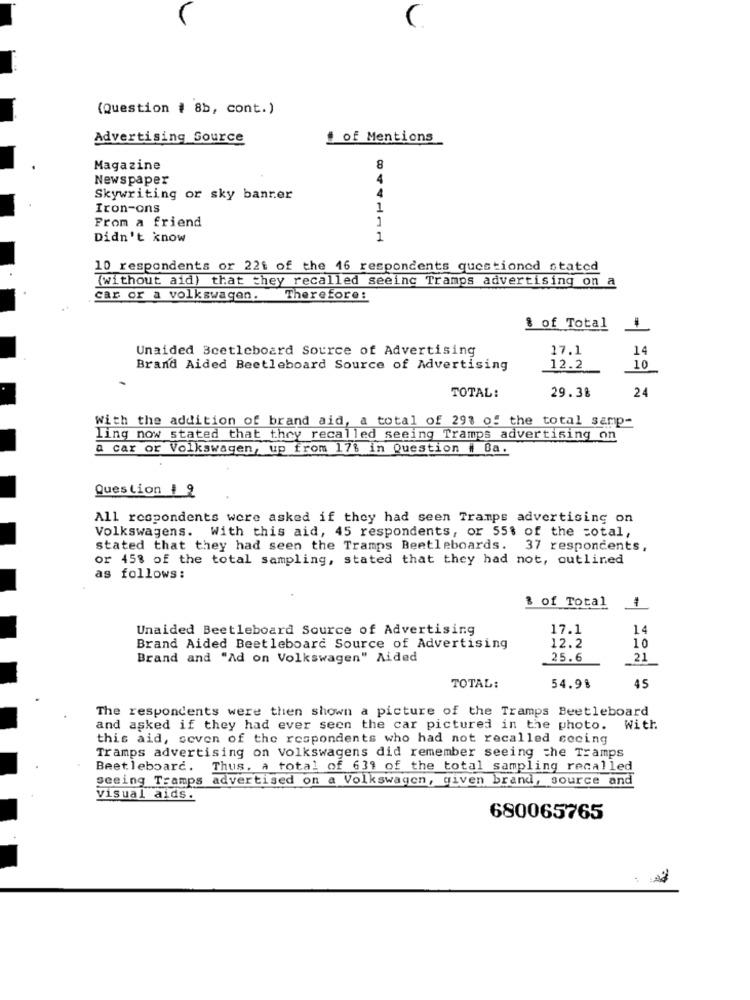
(Question # 8b, cont.)
Advertising Source
of Mentions
Magazine
8
Newspaper
4
4
Skywriting or sky banrer
Iron-ons
1
From a friend
1
Didn't know
1
10 respondents or 221 of the 16 respondents questioned stated
(without aid) that they recalled seeinc Tramps advertising on a
car or a volkswagen. Therefore:
$ of Total
Unaided 3cetleboard Source of Advertising
27.1
14
10
Brand Aided Beetleboard Source of Advertising
12.2
TOTAL:
29.38
24
With the addition of brand aid, a total of 293 of the total samp-
ling now stated that they recalled seeing Tramps advertising on
a car or Volkswagen, up from 17% in Question # Ca.
Question # 2
All respondents were asked if they had seen Tramps advertising on
Volkswagens. With this aid, 45 respondents, or 55$ of the =otal,
stated that they had seen the Tramps Beetleboards. 37 respondents,
or 45% of the total sampling, stated that they had not, outlined
as follows:
& of Total
Unaided Beetleboard Source of Advertising
17.1
14
Brand Aided Beetleboard Source of Advertising
12.2
10
Brand and "Ad on Volkswagen" Aided
25.6
21
TOTAL:
54.98
45
The respondents were then shown a picture of the Tramps Beetleboard
and asked if they had ever seen the car pictured in the photo.
With
this aid, seven of the respondents who had not recalled cocing
Tramps advertising on Volkswagens did remember seeing che Tramps
Beetleboard. Thus, a total of 639 of the total sampling recalled
seeing Tramps advertised on a Volkswagen, given brand, source and
visual aids.
680065765